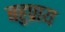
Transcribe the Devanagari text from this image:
बहुप्राय